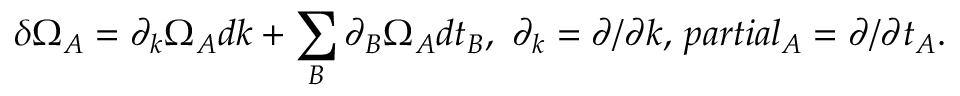
\delta \Omega _ { A } = \partial _ { k } \Omega _ { A } d k + \sum _ { B } \partial _ { B } \Omega _ { A } d t _ { B } , \ \partial _ { k } = \partial / \partial k , \, p a r t i a l _ { A } = \partial / \partial t _ { A } .